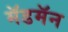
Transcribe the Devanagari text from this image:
मॅडमॅन